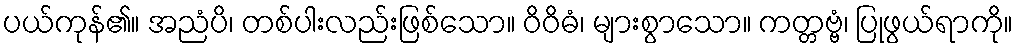
ပယ်ကုန်၏။ အညံပိ၊ တစ်ပါးလည်းဖြစ်သော။ ဝိဝိဓံ၊ များစွာသော။ ကတ္တဗ္ဗံ၊ ပြုဖွယ်ရာကို။